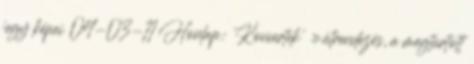
jegy képei 04-03-11 Honlap: 'Koncertek' » átrendezés, a megtartott